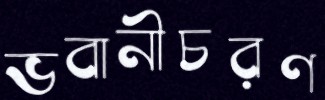
ভবানীচরণ